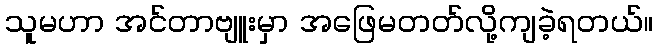
သူမဟာ အင်တာဗျူးမှာ အဖြေမတတ်လို့ကျခဲ့ရတယ်။